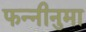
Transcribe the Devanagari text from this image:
फन्नीनुमा